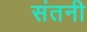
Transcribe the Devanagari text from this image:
संतनी